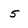
Character: 5